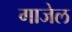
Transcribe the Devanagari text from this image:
गाजेल